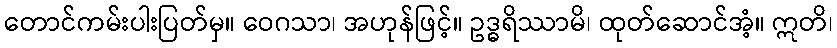
တောင်ကမ်းပါးပြတ်မှ။ ဝေဂသာ၊ အဟုန်ဖြင့်။ ဥဒ္ဓရိဿာမိ၊ ထုတ်ဆောင်အံ့။ ဣတိ၊